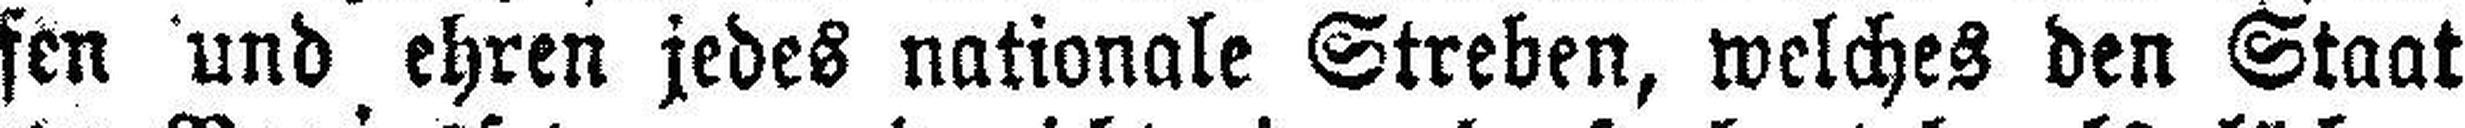
fen und ehren jedes nationale Streben, welches den Staat